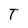
Character: T